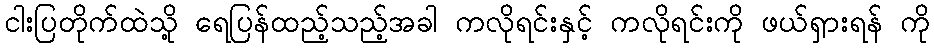
ငါးပြတိုက်ထဲသို့ ရေပြန်ထည့်သည့်အခါ ကလိုရင်းနှင့် ကလိုရင်းကို ဖယ်ရှားရန် ကို